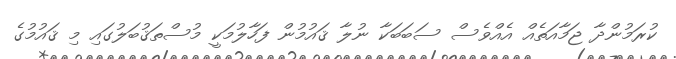
ކުރަމުންދާ ޖަމާއަތެއް އެއްވެސް ސަބަބަކާ ނުލާ ޤައުމުން ފަހާލުމަކީ މުސްތަޤުބަލުގައި މި ޤައުމުގެ